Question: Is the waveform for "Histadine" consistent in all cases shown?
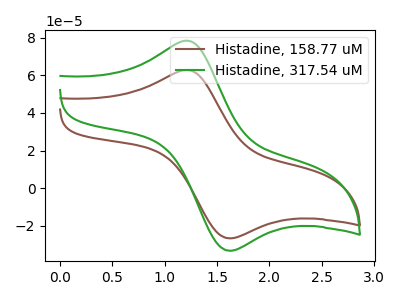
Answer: <think>The brown curve "Histadine, 158.77 uM" has an anodic peak at (1.25V, 62.80uA) and a cathodic peak at (1.60V, -26.60uA). The green curve "Histadine, 317.54 uM" has an anodic peak at (1.25V, 78.35uA) and a cathodic peak at (1.60V, -33.20uA).
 All the peaks in "Histadine, 158.77 uM" have a peak in "Histadine, 317.54 uM" at the same potential. Every peak in "Histadine, 158.77 uM" is lower than every peak in "Histadine, 317.54 uM".</think>
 <answer>All the CV's of "Histadine" have similar shape.</answer>
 <eval>follow_rule</eval>